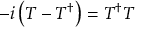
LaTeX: - i \left( T - T ^ { \dagger } \right) = T ^ { \dagger } T